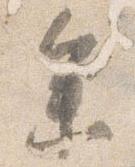
参